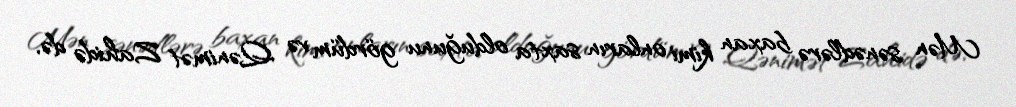
Mən sənədlərə baxan kimi onların saxta olduğunu gördüm və Qənimət Zahidə də,